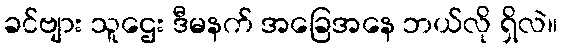
ခင်ဗျား သူဌေး ဒီမနက် အခြေအနေ ဘယ်လို ရှိလဲ။